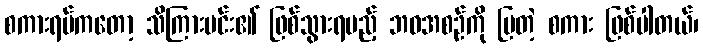
စကားရပ်ကတော့ သိကြားမင်း၏ ဖြစ်သွားရမည့် ဘဝအစဉ်ကို ပြတဲ့ စကား ဖြစ်ပါတယ်၊